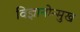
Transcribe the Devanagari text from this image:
विज्ञानोन्मुख